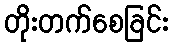
တိုးတက်စေခြင်း